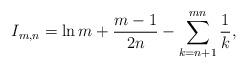
LaTeX: \begin{align*}I_{m,n}=\ln m + \frac{m-1}{2n}-\sum_{k=n+1}^{mn}\frac{1}{k},\end{align*}